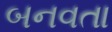
બનવતા